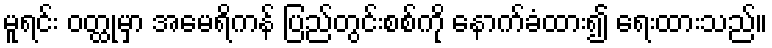
မူရင်း ဝတ္ထုမှာ အမေရိကန် ပြည်တွင်းစစ်ကို နောက်ခံထား၍ ရေးထားသည်။